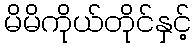
မိမိကိုယ်တိုင်နှင့်